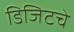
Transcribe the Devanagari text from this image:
डिजिटचे